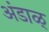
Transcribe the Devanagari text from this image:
अंडाळ्